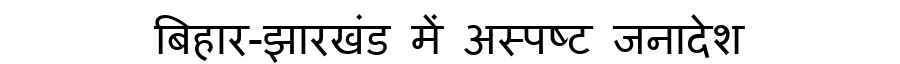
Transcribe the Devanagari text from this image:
बिहार-झारखंड में अस्पष्ट जनादेश